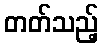
တတ်သည့်